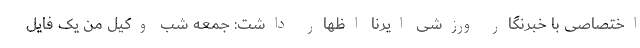
اختصاصی با خبرنگار ورزشی ایرنا اظهار داشت: جمعه شب وکیل من یک فایل